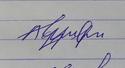
Signature authenticity: forged